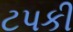
ટપકી